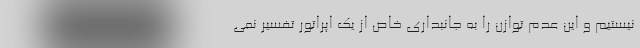
نیستیم و این عدم توازن را به جانبداری خاص از یک اپراتور تفسیر نمی